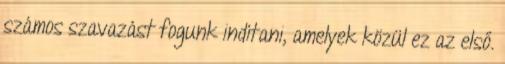
számos szavazást fogunk indítani, amelyek közül ez az első.